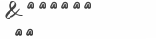
٤٢